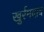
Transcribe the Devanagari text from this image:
खुर्रमदाद